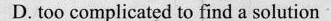
D. too complicated to find a solution